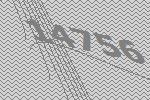
14756